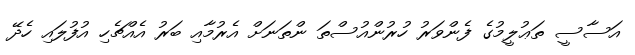
އަސާސީ ތަޢުލީމުގެ ފެންވަރު ހުރުންއުސްތަ ންތަނަށް އެރުމާއި ބަރު އެއްޗެހި އުފުލައި ހެދޭ